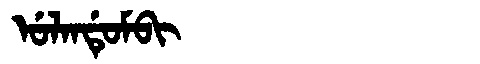
Manchu: ᡠᠯᠠᠨᡩᡠᠮᠪᡳ
Romanization: ULANDUMBI